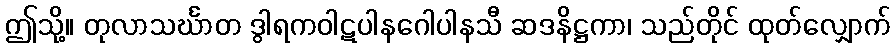
ဤသို့။ တုလာသင်္ဃာတ ဒွါရကဝါဋပါနဂေါပါနသီ ဆဒနိဋ္ဌကာ၊ သည်တိုင် ထုတ်လျှောက်